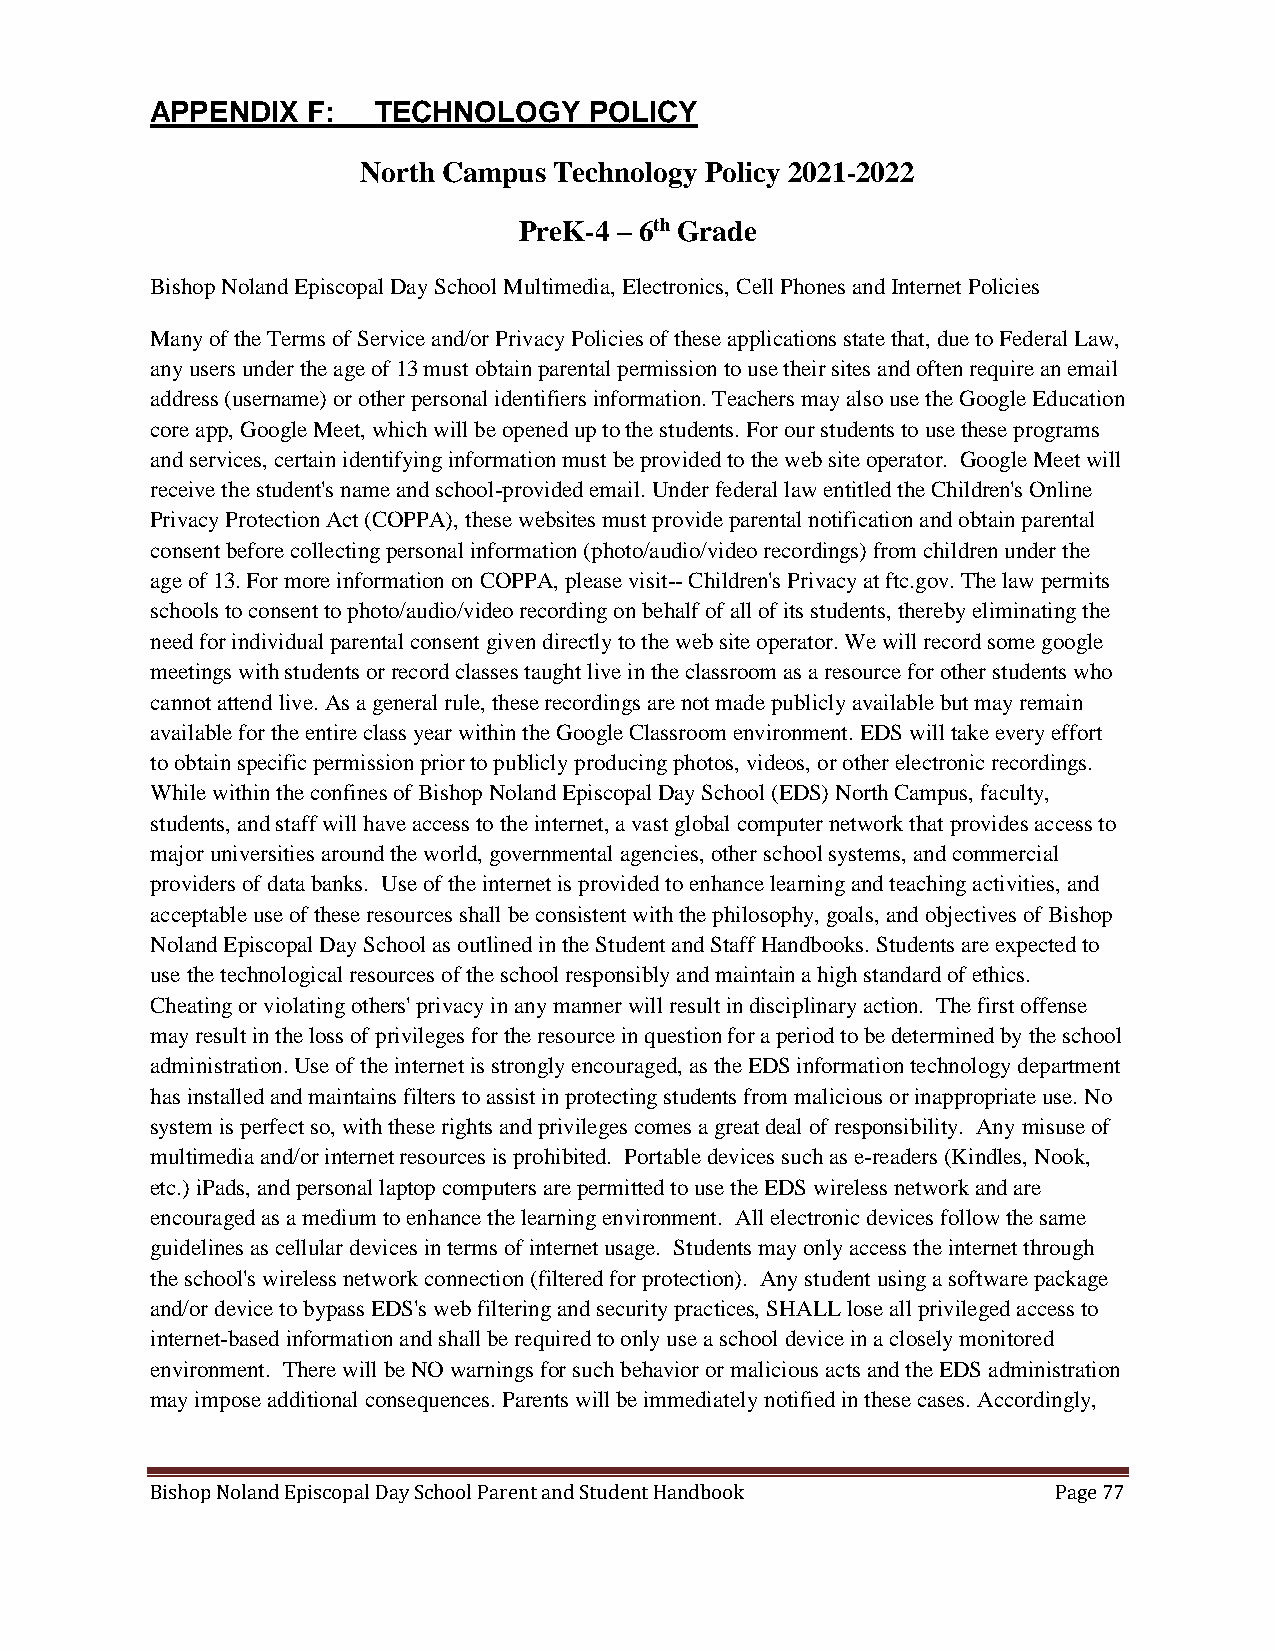
APPENDIX  F:   TECHNOLOGY    POLICY
 North Campus Technology Policy 2021-2022
 PreK-4 – 6th Grade
 Bishop Noland Episcopal Day School Multimedia, Electronics, Cell Phones and Internet Policies
 Many of the Terms of Service and/or Privacy Policies of these applications state that, due to Federal Law,
 any users under the age of 13 must obtain parental permission to use their sites and often require an email
 address (username) or other personal identifiers information. Teachers may also use the Google Education
 core app, Google Meet, which will be opened up to the students. For our students to use these programs
 and services, certain identifying information must be provided to the web site operator. Google Meet will
 receive the student's name and school-provided email. Under federal law entitled the Children's Online
 Privacy Protection Act (COPPA), these websites must provide parental notification and obtain parental
 consent before collecting personal information (photo/audio/video recordings) from children under the
 age of 13. For more information on COPPA, please visit-- Children's Privacy at ftc.gov. The law permits
 schools to consent to photo/audio/video recording on behalf of all of its students, thereby eliminating the
 need for individual parental consent given directly to the web site operator. We will record some google
 meetings with students or record classes taught live in the classroom as a resource for other students who
 cannot attend live. As a general rule, these recordings are not made publicly available but may remain
 available for the entire class year within the Google Classroom environment. EDS will take every effort
 to obtain specific permission prior to publicly producing photos, videos, or other electronic recordings.
 While within the confines of Bishop Noland Episcopal Day School (EDS) North Campus, faculty,
 students, and staff will have access to the internet, a vast global computer network that provides access to
 major universities around the world, governmental agencies, other school systems, and commercial
 providers of data banks. Use of the internet is provided to enhance learning and teaching activities, and
 acceptable use of these resources shall be consistent with the philosophy, goals, and objectives of Bishop
 Noland Episcopal Day School as outlined in the Student and Staff Handbooks. Students are expected to
 use the technological resources of the school responsibly and maintain a high standard of ethics.
 Cheating or violating others' privacy in any manner will result in disciplinary action. The first offense
 may result in the loss of privileges for the resource in question for a period to be determined by the school
 administration. Use of the internet is strongly encouraged, as the EDS information technology department
 has installed and maintains filters to assist in protecting students from malicious or inappropriate use. No
 system is perfect so, with these rights and privileges comes a great deal of responsibility. Any misuse of
 multimedia and/or internet resources is prohibited. Portable devices such as e-readers (Kindles, Nook,
 etc.) iPads, and personal laptop computers are permitted to use the EDS wireless network and are
 encouraged as a medium to enhance the learning environment. All electronic devices follow the same
 guidelines as cellular devices in terms of internet usage. Students may only access the internet through
 the school's wireless network connection (filtered for protection). Any student using a software package
 and/or device to bypass EDS's web filtering and security practices, SHALL lose all privileged access to
 internet-based information and shall be required to only use a school device in a closely monitored
 environment. There will be NO warnings for such behavior or malicious acts and the EDS administration
 may impose additional consequences. Parents will be immediately notified in these cases. Accordingly,
 Bishop Noland Episcopal Day School Parent and Student Handbook Page 77